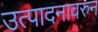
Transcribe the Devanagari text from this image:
उत्पादनावरुन